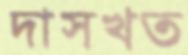
দাসখত